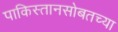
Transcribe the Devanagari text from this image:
पाकिस्तानसोबतच्या